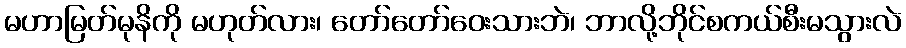
မဟာမြတ်မုနိကို မဟုတ်လား၊ တော်တော်ဝေးသားဘဲ၊ ဘာလို့ဘိုင်စကယ်စီးမသွားလဲ